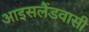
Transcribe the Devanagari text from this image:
आइसलैंडवासी